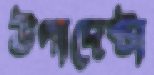
উপাদেষ্টা